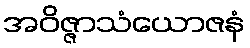
အဝိဇ္ဇာသံယောဇနံ